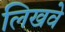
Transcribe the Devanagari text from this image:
लिखवे